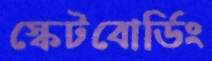
স্কেটবোর্ডিং